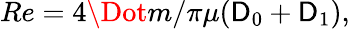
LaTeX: Re=4\Dot{m}/\pi\mu(\mathsf{D}_{0}+\mathsf{D}_{1}),